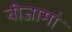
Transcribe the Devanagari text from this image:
बीजामां